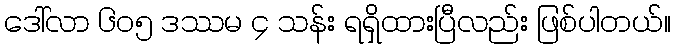
ဒေါ်လာ ၆၀၅ ဒဿမ ၄ သန်း ရရှိထားပြီလည်း ဖြစ်ပါတယ်။